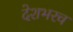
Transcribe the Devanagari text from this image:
देशभरच